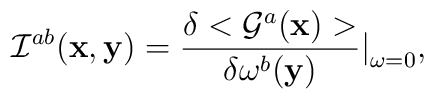
{\cal I}^{ab}({\bf x}, {\bf y}) = \frac{\delta < {\cal G}^a({\bf x})>}{\delta \omega^b({\bf y})} \big\vert_{\omega=0},